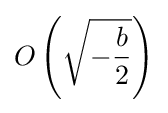
O\left({\sqrt {-{\frac {b}{2}}}}\right)